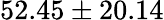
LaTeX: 52.45\pm 20.14